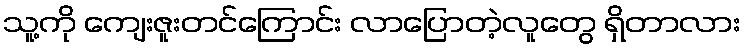
သူ့ကို ကျေးဇူးတင်ကြောင်း လာပြောတဲ့လူတွေ ရှိတာလား